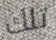
تلك